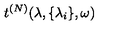
t ^ { ( N ) } ( \lambda , \{ \lambda _ { i } \} , \omega )